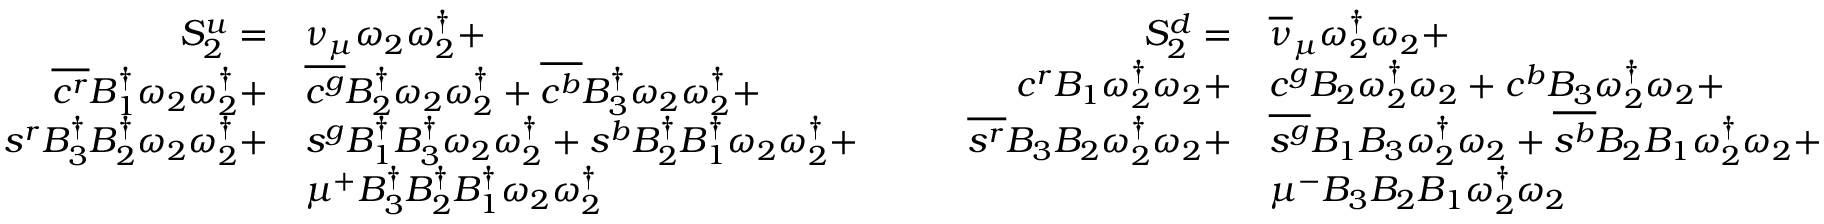
\begin{array} { r l } { S _ { 2 } ^ { u } = } & { { \nu _ { \mu } } \omega _ { 2 } \omega _ { 2 } ^ { \dagger } + } \\ { \overline { { c ^ { r } } } { B _ { 1 } ^ { \dagger } } \omega _ { 2 } \omega _ { 2 } ^ { \dagger } + } & { \overline { { c ^ { g } } } { B _ { 2 } ^ { \dagger } } \omega _ { 2 } \omega _ { 2 } ^ { \dagger } + \overline { { c ^ { b } } } { B _ { 3 } ^ { \dagger } } \omega _ { 2 } \omega _ { 2 } ^ { \dagger } + } \\ { s ^ { r } { B _ { 3 } ^ { \dagger } } { B _ { 2 } ^ { \dagger } } \omega _ { 2 } \omega _ { 2 } ^ { \dagger } + } & { s ^ { g } { B _ { 1 } ^ { \dagger } } { B _ { 3 } ^ { \dagger } } \omega _ { 2 } \omega _ { 2 } ^ { \dagger } + s ^ { b } { B _ { 2 } ^ { \dagger } } { B _ { 1 } ^ { \dagger } } \omega _ { 2 } \omega _ { 2 } ^ { \dagger } + } \\ & { \mu ^ { + } { B _ { 3 } ^ { \dagger } } { B _ { 2 } ^ { \dagger } } { B _ { 1 } ^ { \dagger } } \omega _ { 2 } \omega _ { 2 } ^ { \dagger } } \end{array} \qquad \begin{array} { r l } { S _ { 2 } ^ { d } = } & { { \overline { { \nu } } _ { \mu } } \omega _ { 2 } ^ { \dagger } \omega _ { 2 } + } \\ { { c } ^ { r } { B _ { 1 } } \omega _ { 2 } ^ { \dagger } \omega _ { 2 } + } & { { c } ^ { g } { B _ { 2 } } \omega _ { 2 } ^ { \dagger } \omega _ { 2 } + { c } ^ { b } { B _ { 3 } } \omega _ { 2 } ^ { \dagger } \omega _ { 2 } + } \\ { \overline { { s ^ { r } } } { B _ { 3 } } { B _ { 2 } } \omega _ { 2 } ^ { \dagger } \omega _ { 2 } + } & { \overline { { s ^ { g } } } { B _ { 1 } } { B _ { 3 } } \omega _ { 2 } ^ { \dagger } \omega _ { 2 } + \overline { { s ^ { b } } } { B _ { 2 } } { B _ { 1 } } \omega _ { 2 } ^ { \dagger } \omega _ { 2 } + } \\ & { \mu ^ { - } { B _ { 3 } } { B _ { 2 } } { B _ { 1 } } \omega _ { 2 } ^ { \dagger } \omega _ { 2 } } \end{array}